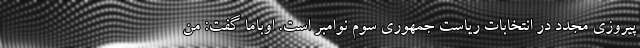
پیروزی مجدد در انتخابات ریاست جمهوری سوم نوامبر است. اوباما گفت: من